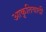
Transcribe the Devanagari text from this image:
आकृतिवादी